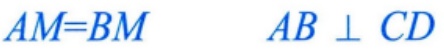
$AM=BM\quad AB\perp CD$